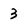
Character: 3